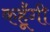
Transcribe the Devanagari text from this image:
कहूँगी